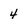
Character: 4